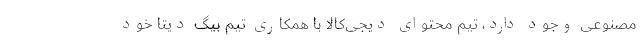
مصنوعی وجود دارد، تیم محتوای دیجی‌کالا با همکاری تیم بیگ دیتا خود